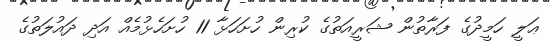
ޢަލީ ހަމީދުގެ ފަރާތުން ޝަރީއަތުގެ ކުރިން ހުށަހަޅާ 11 ހުށަހެޅުމެއް އަދި ދައުލަތުގެ